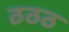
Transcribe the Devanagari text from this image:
ठठठ